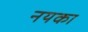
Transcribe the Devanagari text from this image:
नयका